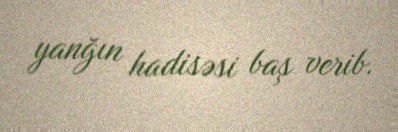
yanğın hadisəsi baş verib.